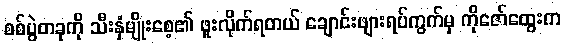
စစ်ပွဲတခုကို သီးနှံမျိုးစေ့၏ ဖူးလိုက်ရတယ် ချောင်းဖျားရပ်ကွက်မှ ကိုဇော်ထွေးက